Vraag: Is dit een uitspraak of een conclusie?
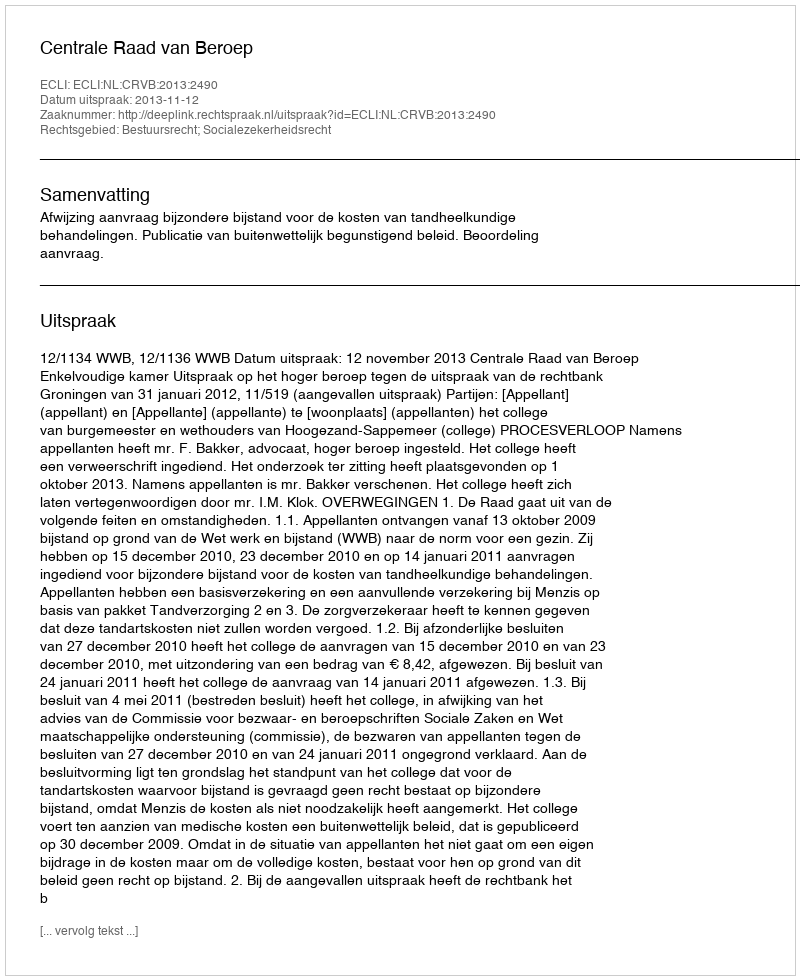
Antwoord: Uitspraak